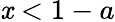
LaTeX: \mathit{x}<1-a